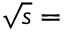
\sqrt { s } =